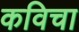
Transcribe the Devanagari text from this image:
कविचा